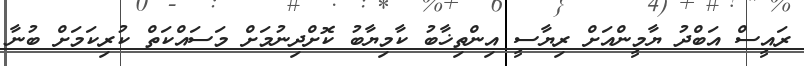
ރައީސް އަބްދު ޔާމީންއަށް ރިޔާސީ އިންތިޚާބު ކާމިޔާބު ކޮށްދިނުމަށް މަސައްކަތް ކުރިކަމަށް ބުނާ